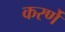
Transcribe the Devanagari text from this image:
करर्णे